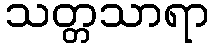
သတ္တသာရာ